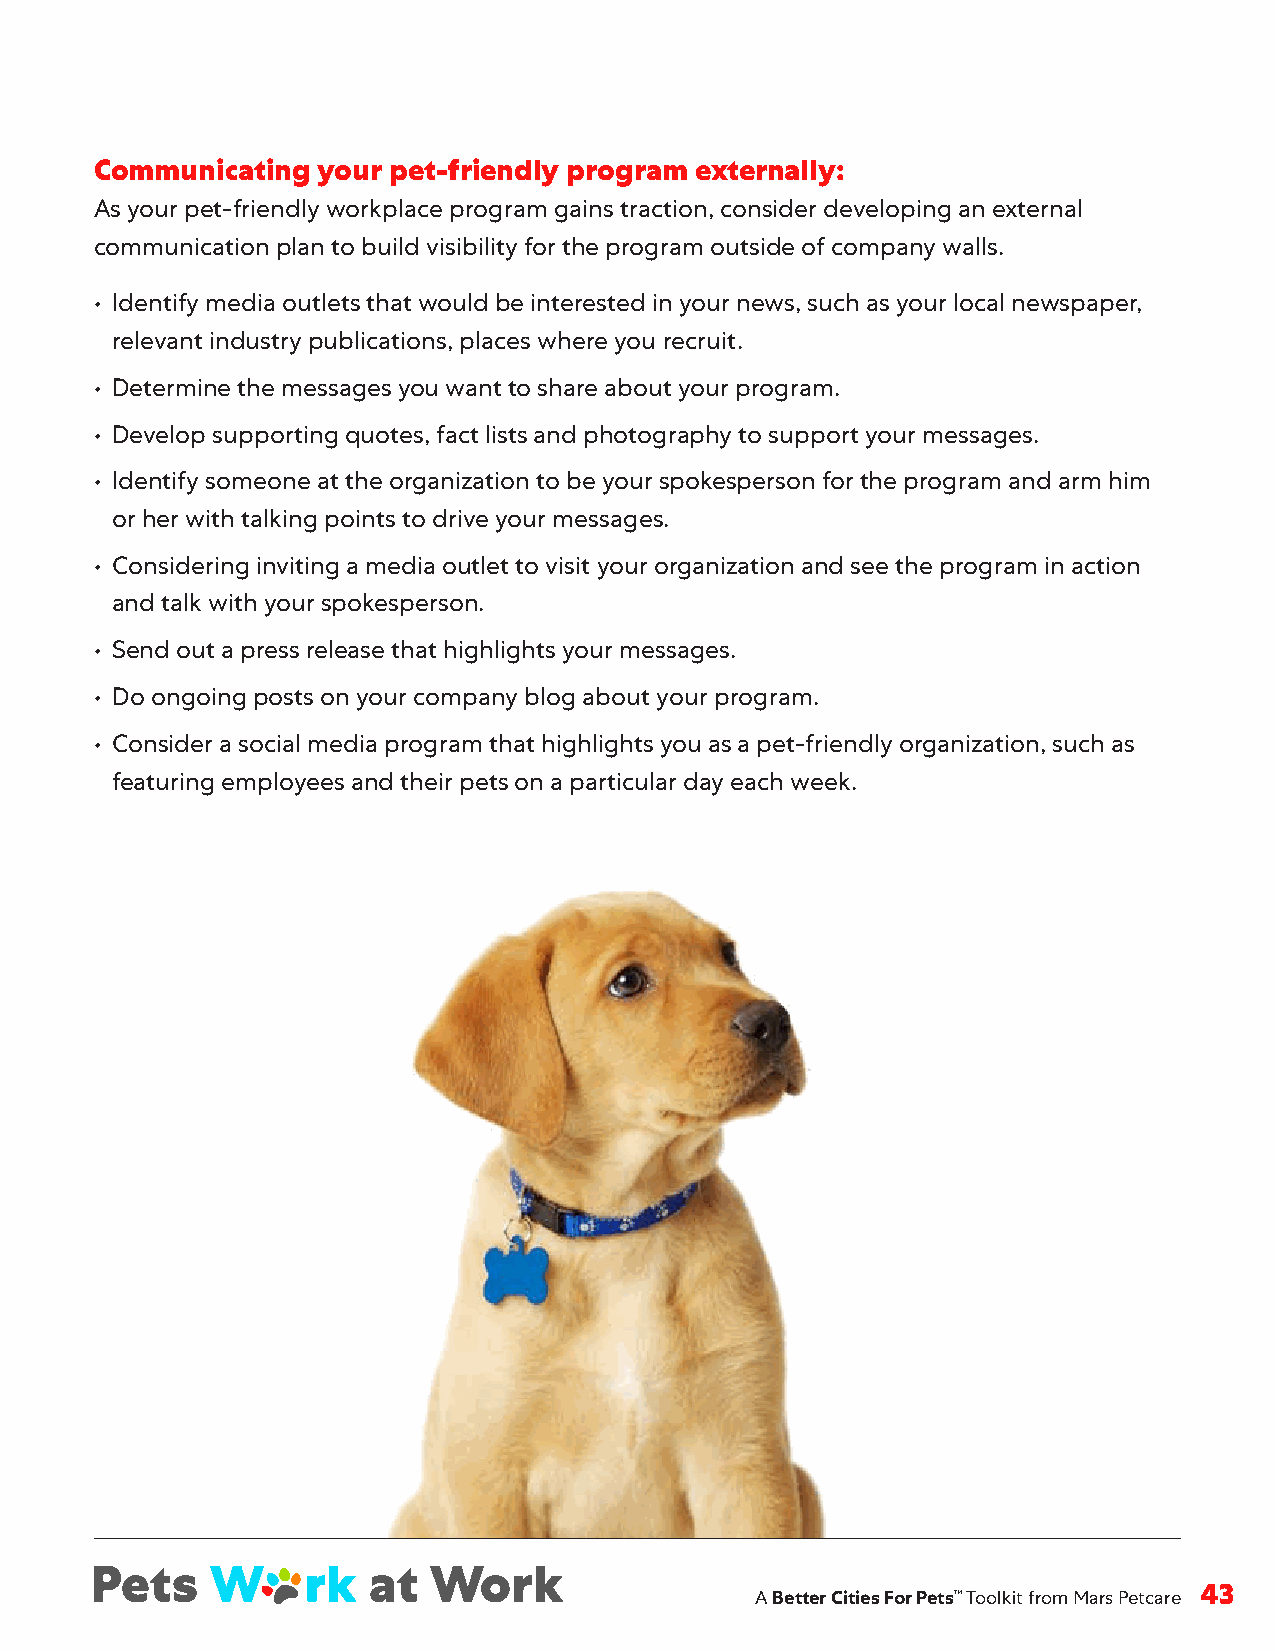
Communicating  your pet-friendly program externally:
 As your pet-friendly workplace program gains traction, consider developing an external
 communication plan to build visibility for the program outside of company walls .
 • Identify media outlets that would be interested in your news, such as your local newspaper,
 relevant industry publications, places where you recruit .
 • Determine the messages you want to share about your program .
 • Develop supporting quotes, fact lists and photography to support your messages .
 • Identify someone at the organization to be your spokesperson for the program and arm him
 or her with talking points to drive your messages .
 • Considering inviting a media outlet to visit your organization and see the program in action
 and talk with your spokesperson .
 • Send out a press release that highlights your messages .
 • Do ongoing posts on your company blog about your program .
 • Consider a social media program that highlights you as a pet-friendly organization, such as
 featuring employees and their pets on a particular day each week .
 A Better Cities For Pets™ Toolkit from Mars Petcare 43